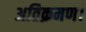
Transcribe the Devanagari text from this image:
अतिक्रमण।